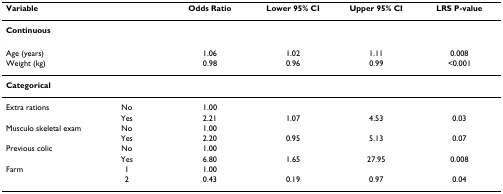
<table><thead><tr><td><b>Variable</b></td><td></td><td><b>Odds Ratio</b></td><td><b>Lower 95% CI</b></td><td><b>Upper 95% CI</b></td><td><b>LRS P-value</b></td></tr></thead><tbody><tr><td><b>Continuous</b></td><td></td><td></td><td></td><td></td><td></td></tr><tr><td>Age (years)</td><td></td><td>1.06</td><td>1.02</td><td>1.11</td><td>0.008</td></tr><tr><td>Weight (kg)</td><td></td><td>0.98</td><td>0.96</td><td>0.99</td><td>&lt;0.001</td></tr><tr><td><b>Categorical</b></td><td></td><td></td><td></td><td></td><td></td></tr><tr><td>Extra rations</td><td>No</td><td>1.00</td><td></td><td></td><td></td></tr><tr><td></td><td>Yes</td><td>2.21</td><td>1.07</td><td>4.53</td><td>0.03</td></tr><tr><td>Musculo skeletal exam</td><td>No</td><td>1.00</td><td></td><td></td><td></td></tr><tr><td></td><td>Yes</td><td>2.20</td><td>0.95</td><td>5.13</td><td>0.07</td></tr><tr><td>Previous colic</td><td>No</td><td>1.00</td><td></td><td></td><td></td></tr><tr><td></td><td>Yes</td><td>6.80</td><td>1.65</td><td>27.95</td><td>0.008</td></tr><tr><td>Farm</td><td>1</td><td>1.00</td><td></td><td></td><td></td></tr><tr><td></td><td>2</td><td>0.43</td><td>0.19</td><td>0.97</td><td>0.04</td></tr></tbody></table>